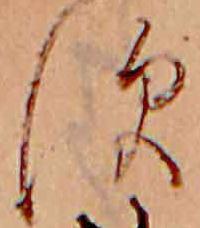
す